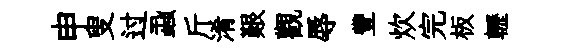
申叟过蝨斤淆艱觀辱豐炊完板轣